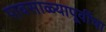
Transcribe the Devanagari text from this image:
पावसाळ्यापूर्वीचा